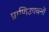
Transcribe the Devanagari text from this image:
प्राणिउपवनों